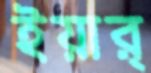
ইয়ার্